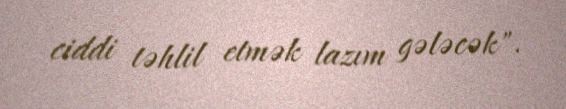
ciddi təhlil etmək lazım gələcək".